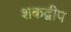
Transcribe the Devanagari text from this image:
शकद्वीप